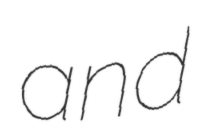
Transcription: and